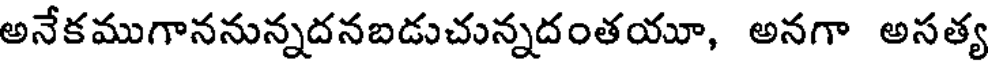
అనేకముగాననున్నదనబడుచున్నదంతయూ, అనగా అసత్య